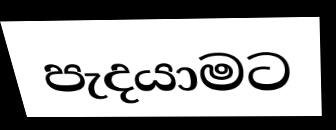
පැදයාමට